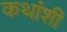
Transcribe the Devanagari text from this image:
कथांशी